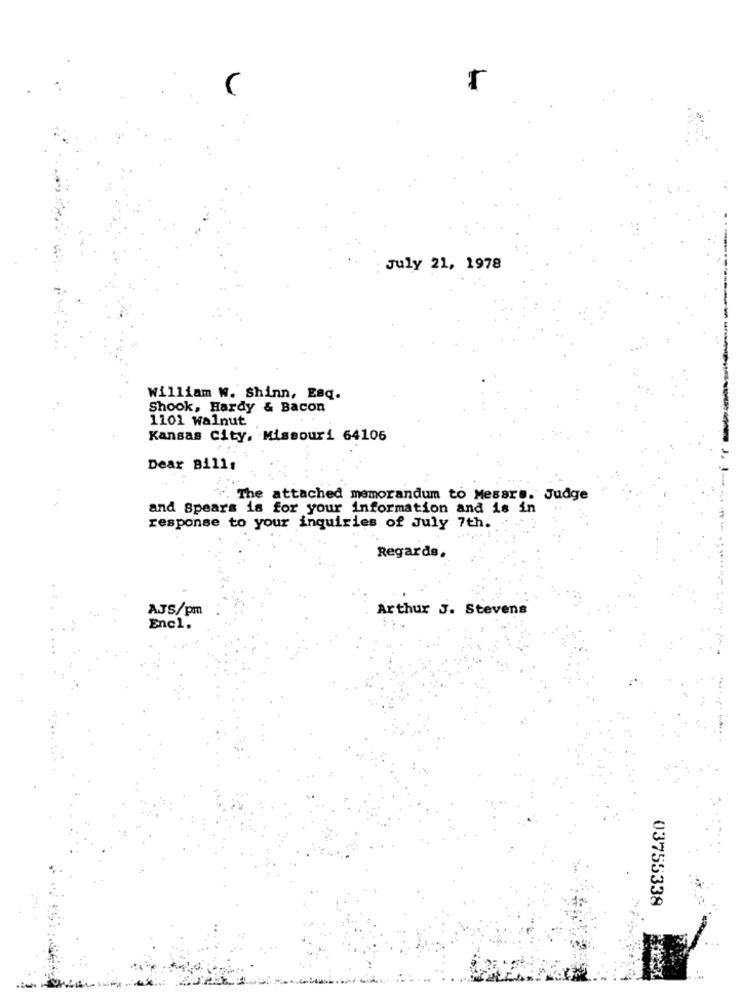
July 21, 1978
William W. Shinn, Esq.
Shook, Hardy & Bacon
1101 walnut
Kansas City, Missouri 64106
Dear Bills
The attached memorandum to Messrs. Judge
and Spears is for your information and is in
response to your inquiries of July 7th.
Regards,
AJS/pm
Arthur J. Stevens
Encl.
03755338